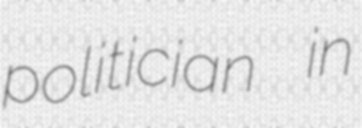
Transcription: politician in